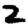
Digit: 2